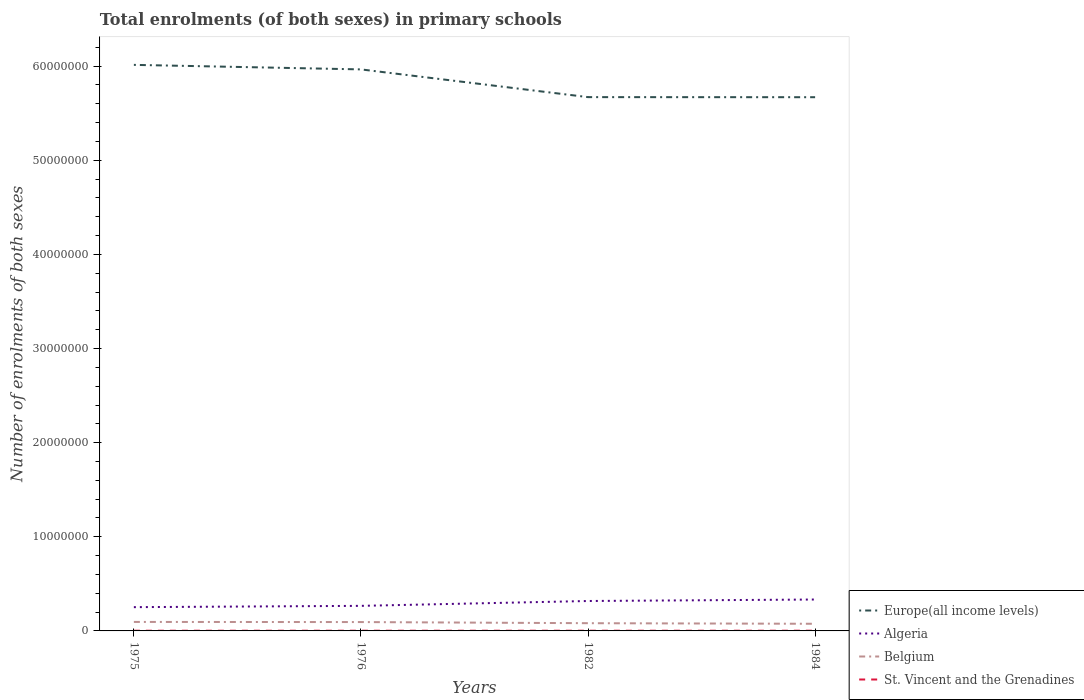
| Years | Europe(all income levels) | Algeria | Belgium | St. Vincent and the Grenadines |
 | --- | --- | --- | --- | --- |
 | 1975 | 6.01e+07 | 2.53e+06 | 9.55e+05 | 2.07e+04 |
 | 1976 | 5.97e+07 | 2.66e+06 | 9.42e+05 | 2.19e+04 |
 | 1982 | 5.67e+07 | 3.18e+06 | 8.21e+05 | 2.15e+04 |
 | 1984 | 5.67e+07 | 3.34e+06 | 7.59e+05 | 2.25e+04 |